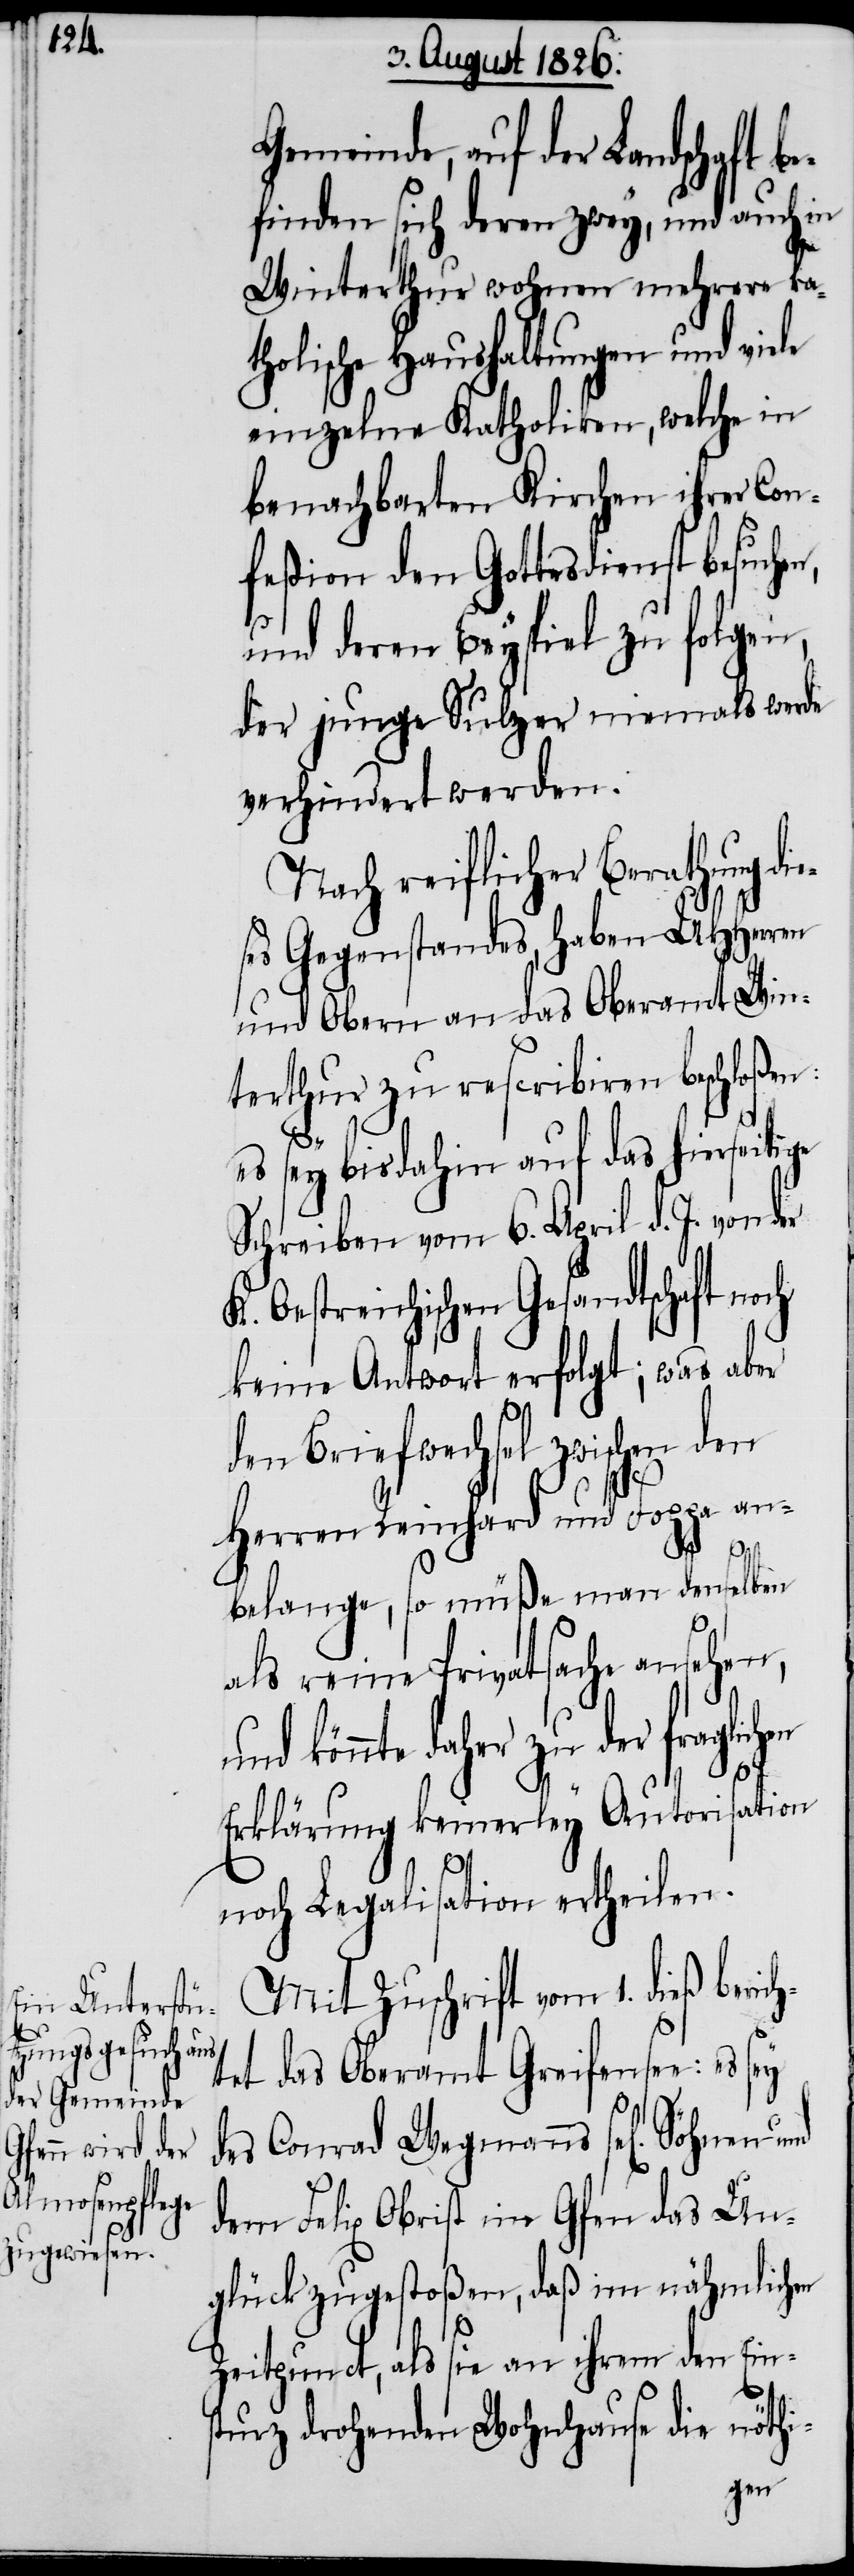
Gemeinde, auf der Landschaft
finden sich deren zwey, und auch in
Winterthur wohnen mehrere ka¬
tholische Haushaltungen und viele
einzelne Katholiken, welche in
benachbarten Kirchen ihrer Con¬
feßion den Gottesdienst besuchen,
und deren Beyspiel zu folgen,
der junge Sulzer niemals werde
verhindert werden.
Nach reiflicher Berathung d¬
ses Gegenstandes, haben MHHerren
und Obern an das Oberamt Win¬
terthur zu rescribiren beschloßen:
es sey bis dahin auf das hierseitige
Schreiben vom 6. April v. J von der
Oestreichischen Gesandtschaft n¬
keine Antwort erfolgt; was aber
den Briefwechsel zwischen den
och
Herren Reinhard und Foppa an¬
belange, so müße man denselben
als reine Privatsache ansehen,
und könnte daher zu der fraglichen
Erklärung keinerley Autorisation
noch Legalisation ertheilen.
Mit Zuschrift vom 1. dieß beric¬
htet das Oberamt Greifensee: es sey
des Conrad Wegmanns sel. Söhnen und
dem Felix Obrist in Genf das Un¬
glück zugestoßen, daß im nähmlichen
Zeitpunct, als sie an ihrem den Eins¬
turz drohenden Wohnhause die nöthi-